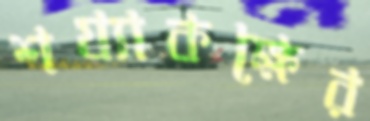
শয্যাকক্ষের